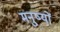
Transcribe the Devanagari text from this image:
मनु्ष्यों